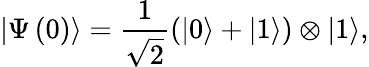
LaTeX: \left|\Psi\left(0\right)\right\rangle=\frac{1}{\sqrt{2}}\left(\left|0\right\rangle+\left|1\right\rangle\right)\otimes\left|1\right\rangle,